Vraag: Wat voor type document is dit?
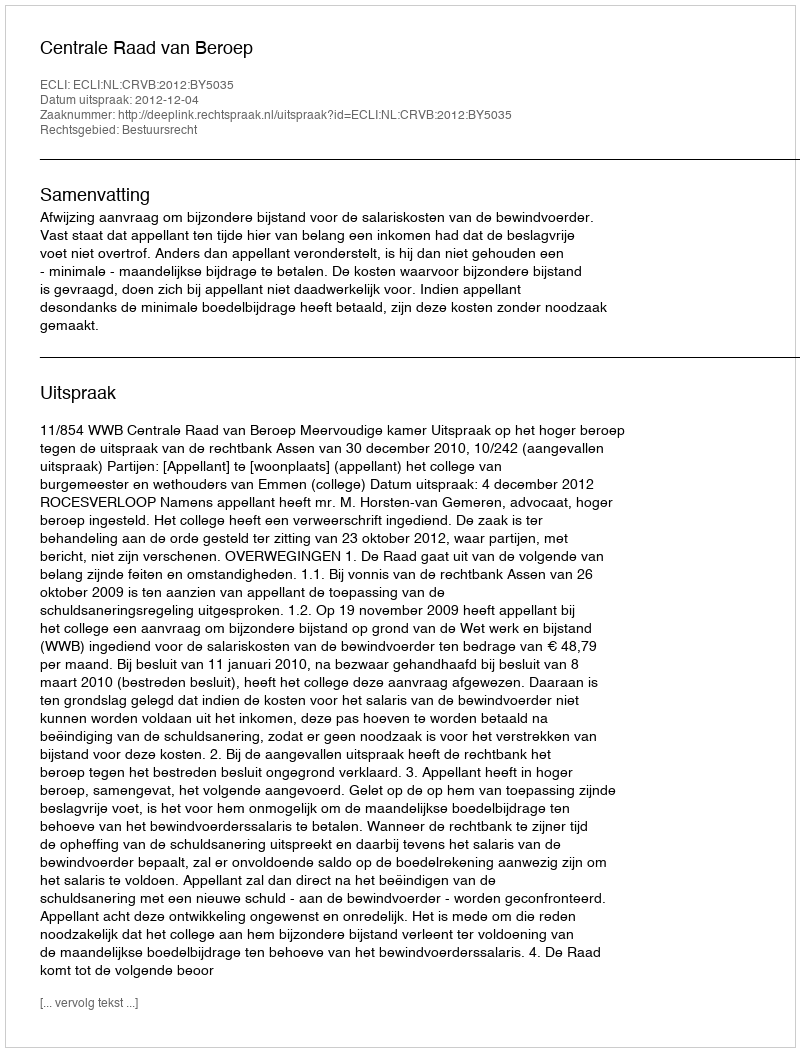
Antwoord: Uitspraak